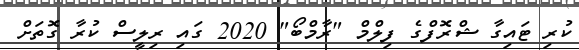
ކުރި ޓައިގާ ޝްރޮފްގެ ފިލްމް "ރާމްބޯ" 2020 ގައި ރިލީސް ކުރާ ގޮތަށް